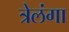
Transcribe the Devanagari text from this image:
त्रेलंगा